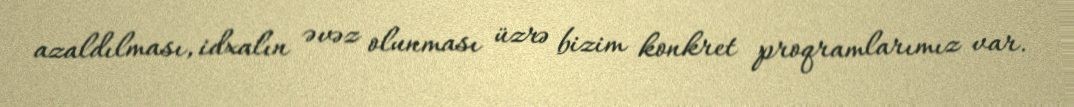
azaldılması, idxalın əvəz olunması üzrə bizim konkret proqramlarımız var.